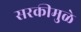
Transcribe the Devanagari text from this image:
सरकीमुळे